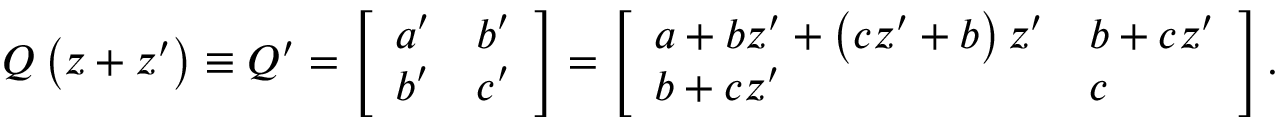
Q \left( z + z ^ { \prime } \right) \equiv Q ^ { \prime } = \left[ \begin{array} { l l } { a ^ { \prime } } & { b ^ { \prime } } \\ { b ^ { \prime } } & { c ^ { \prime } } \end{array} \right] = \left[ \begin{array} { l l } { a + b z ^ { \prime } + \left( c z ^ { \prime } + b \right) z ^ { \prime } } & { b + c z ^ { \prime } } \\ { b + c z ^ { \prime } } & { c } \end{array} \right] .